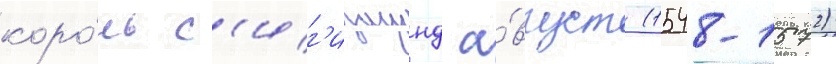
коро́ль с'иг'измунд а́вгуст (1548-1572)